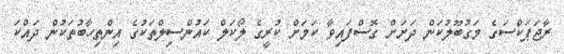
ރާޖަޕަކްސަގެ މަގުބޫލުކަން ދަށަށް ގޮސްފައިވާ ކަމަށް ކުރީގެ ލޯކަލް ކައުންސިލްތަކުގެ އިންތިހާބުތަކުން ދައްކަ